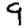
Digit: 9